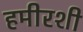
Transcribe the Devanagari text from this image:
हमीरशी